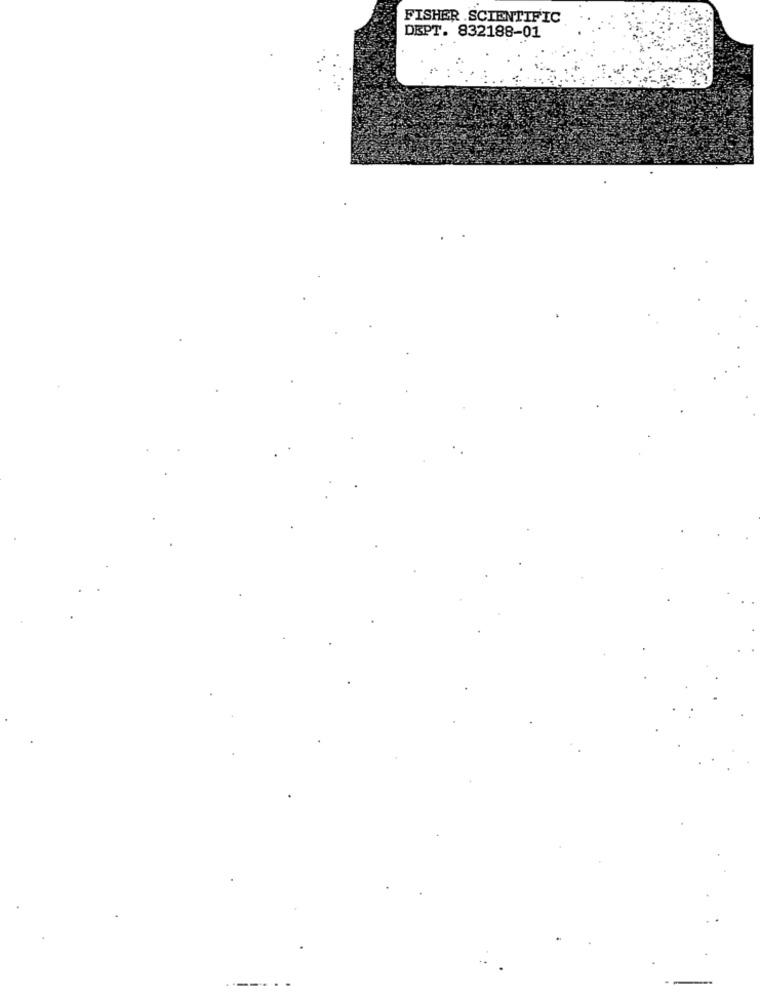
FISHER .SCIENTIFIC
DEPT. 832188-01